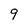
Character: 9